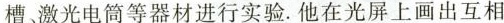
槽激光电筒等器材进行实验。他在光屏上画出互相